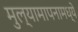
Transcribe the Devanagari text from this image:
मुल्यामापनामध्ये